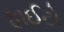
ફાઈટો